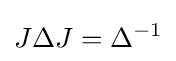
J\Delta J=\Delta ^{-1}